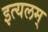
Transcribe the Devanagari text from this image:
इत्यलम्